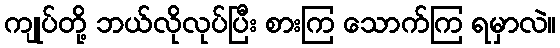
ကျုပ်တို့ ဘယ်လိုလုပ်ပြီး စားကြ သောက်ကြ ရမှာလဲ။